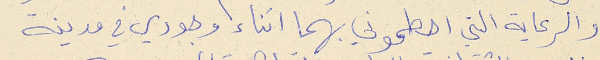
والرعاية التي احطموني بهما اثناء وجودي في مدينة